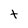
Character: t